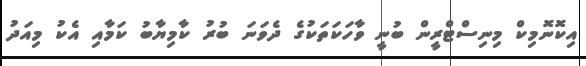
އިކޮނޮމިކް މިނިސްޓްރީން ބުނީ ވާހަކަތަކުގެ ދެވަނަ ބުރު ކާމިޔާބު ކަމާއި އެކު މިއަދު